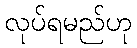
လုပ်ရမည်ဟု